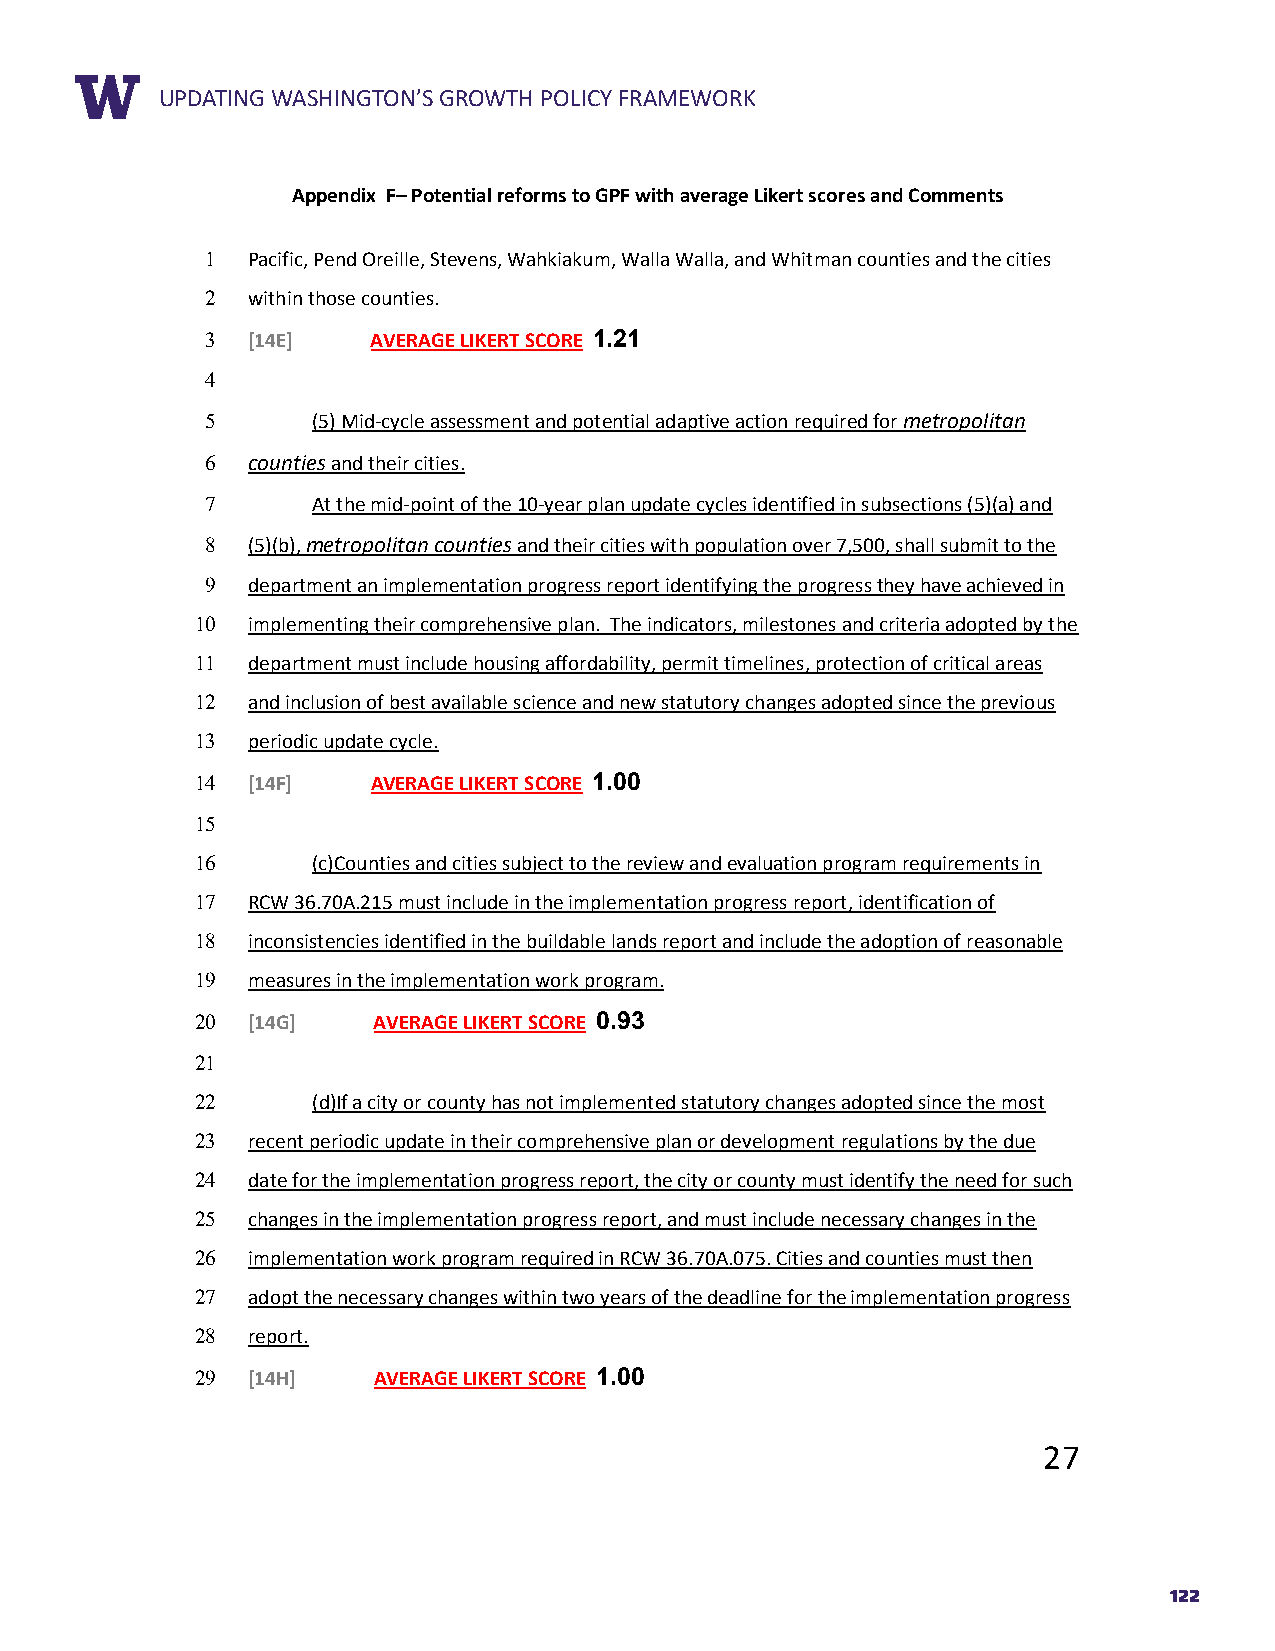
RUEPPDOARTTIN TGIT WLEASHINGTON’S GROWTH POLICY FRAMEWORK
 Appendix F– Potential reforms to GPF with average Likert scores and Comments
 1 Pacific, Pend Oreille, Stevens, Wahkiakum, Walla Walla, and Whitman counties and the cities
 2 within those counties.
 3 [14E]    AVERAGE LIKERT SCORE 1.21
 4
 5      (5) Mid-cycle assessment and potential adaptive action required for metropolitan
 6 counties and their cities.
 7      At the mid-point of the 10-year plan update cycles identified in subsections (5)(a) and
 8 (5)(b), metropolitan counties and their cities with population over 7,500, shall submit to the
 9 department an implementation progress report identifying the progress they have achieved in
 10 implementing their comprehensive plan. The indicators, milestones and criteria adopted by the
 11 department must include housing affordability, permit timelines, protection of critical areas
 12 and inclusion of best available science and new statutory changes adopted since the previous
 13 periodic update cycle.
 14 [14F]    AVERAGE LIKERT SCORE 1.00
 15
 16      (c)Counties and cities subject to the review and evaluation program requirements in
 17 RCW 36.70A.215 must include in the implementation progress report, identification of
 18 inconsistencies identified in the buildable lands report and include the adoption of reasonable
 19 measures in the implementation work program.
 20 [14G]    AVERAGE LIKERT SCORE 0.93
 21
 22      (d)If a city or county has not implemented statutory changes adopted since the most
 23 recent periodic update in their comprehensive plan or development regulations by the due
 24 date for the implementation progress report, the city or county must identify the need for such
 25 changes in the implementation progress report, and must include necessary changes in the
 26 implementation work program required in RCW 36.70A.075. Cities and counties must then
 27 adopt the necessary changes within two years of the deadline for the implementation progress
 28 report.
 29 [14H]    AVERAGE LIKERT SCORE 1.00
 27
 122